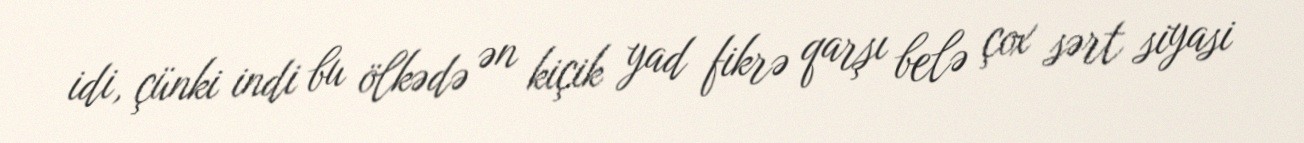
idi, çünki indi bu ölkədə ən kiçik yad fikrə qarşı belə çox sərt siyasi